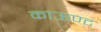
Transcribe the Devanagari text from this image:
काऊण्ट